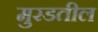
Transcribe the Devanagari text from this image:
मुरडतील